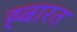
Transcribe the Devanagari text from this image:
ह्बारत